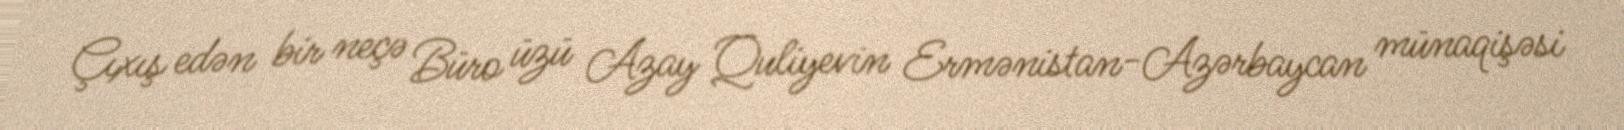
Çıxış edən bir neçə Büro üzü Azay Quliyevin Ermənistan-Azərbaycan münaqişəsi